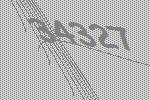
34327